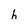
Character: h